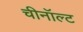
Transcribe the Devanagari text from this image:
चीनॉल्ट